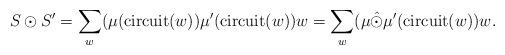
LaTeX: \begin{align*} S\odot S'=\sum_{w}(\mu(\mathrm{circuit}(w))\mu'(\mathrm{circuit}(w))w=\sum_{w}(\mu\hat\odot\mu'(\mathrm{circuit}(w))w. \end{align*}